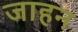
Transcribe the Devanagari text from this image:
जाहन